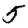
Digit: 5